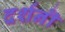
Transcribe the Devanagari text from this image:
दर्शनॊं